Voru_kinnistusamet, lk 27
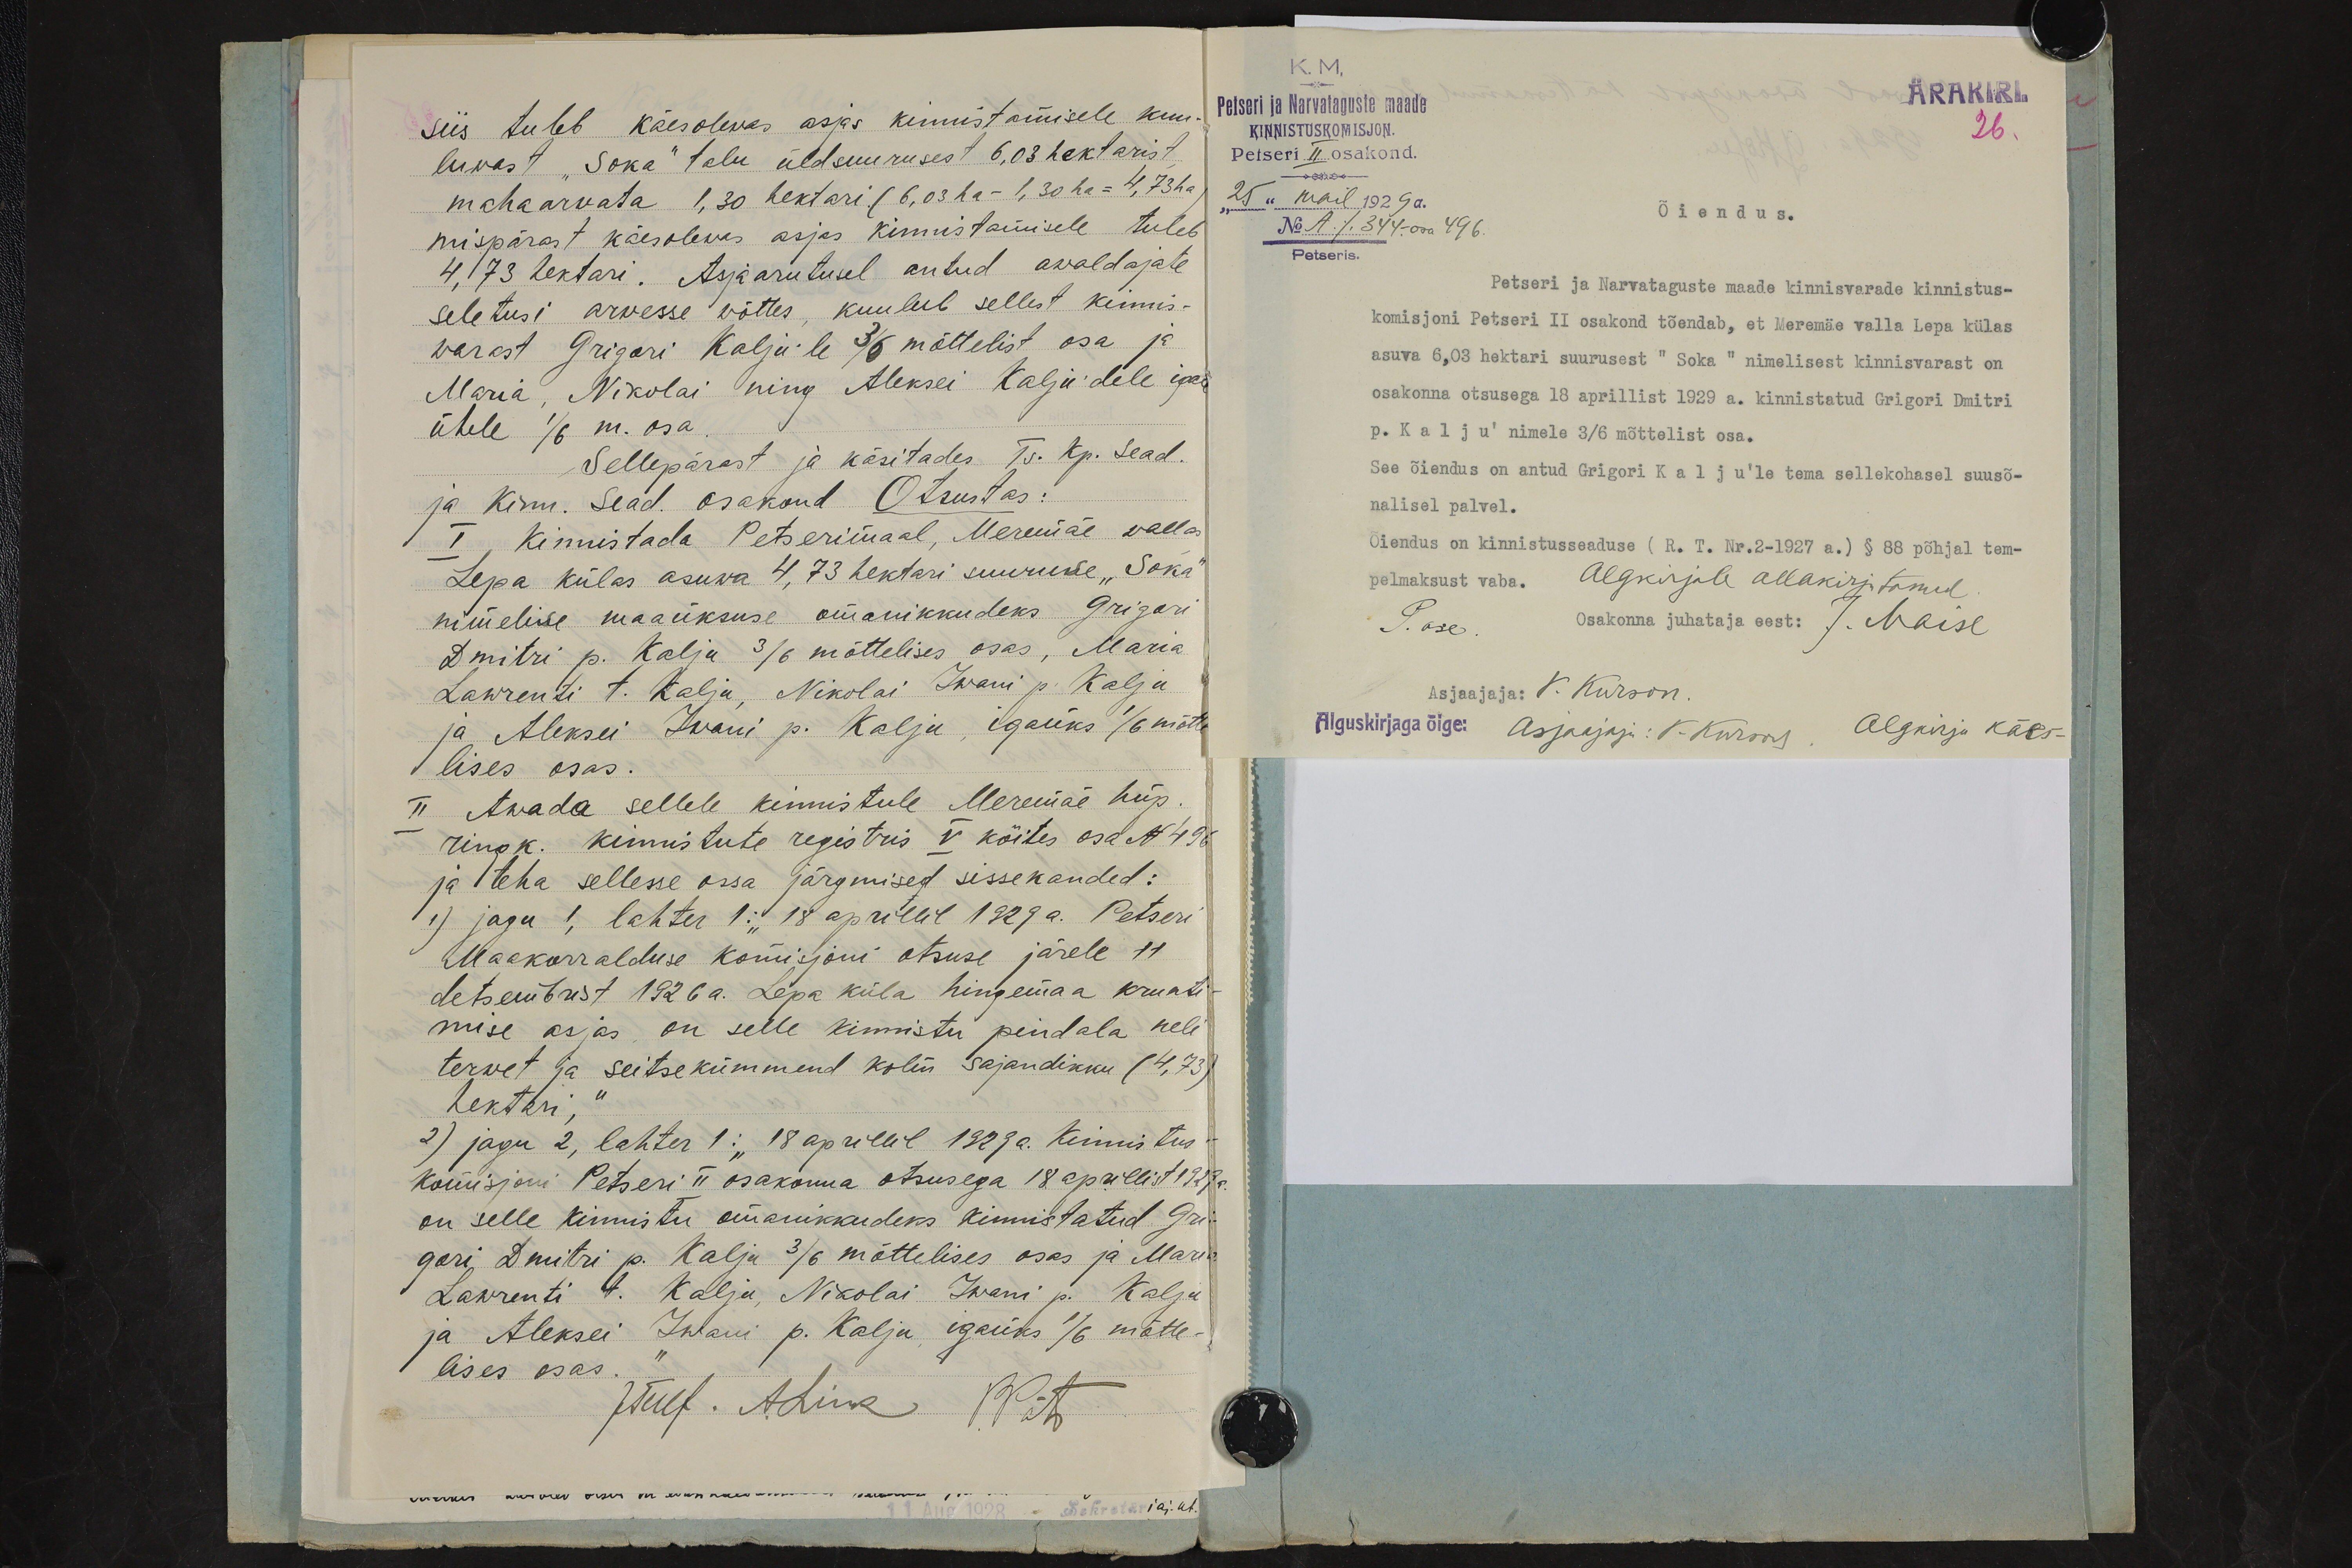
siis tuleb käesolewas asjas kinnistamisele kuu-
luwast "Soka" talu üldsuurusest 6,03 hektarist,
maha arwata 1,30 hektari, (6,03 ha - 1,30 ha = 4,73 ha.)
mispärast käesolewas asjas kinnistamisele tuleb
4,73 hektari. Asjaarutusel antud awaldajate
seletusi arwesse wõttes, kuulub sellest kinnis-
warast Grigori Kalju´le 3/6 mõttelist osa ja
Maria, Nikolai ning Aleksei Kalju´dele iga-
ühele 1/6 m. osa.
Sellepärast ja käsitades Ts. kp. Sead.
ja Kinn. Sead. osakond Otsustas:
I, Kinnistada Petserimaal, Meremäe wallas
Lepa külas asuwa 4,73 hektari suuruse "Soka"
nimelise maaüksuse omanikkudeks Grigori
Dmitri p. Kalju 3/6 mõttelises osas, Maria
Lawrenti t. Kalju, Nikolai Iwani p. Kalju
ja Aleksei Iwani p. Kalju, igaüks 1/6 mõtte
lises osas.
II Awada sellele kinnistule Meremäe hüp.
ringk. kinnistute registris V köites osa N 496
ja teha sellesse ossa järgmised sissekanded:
1) jagu 1, lahter 1: "18 aprillil 1929 a. Petseri
Maakorralduse komisjoni otsuse järele 11
detsembrist 1926 a. Lepa küla hingemaa krunti-
mise asjas, on selle kinnistu pindala neli
terwet ja seitsekümmend kolm sajandikku (4,73)
hektari, "
2) jagu 2, lahter 1: "18 aprillil 1929 a. Kinnistus-
komisjoni Petseri II osakonna otsusega 18. aprillist 1929a.
on selle kinnistu omanikkudeks kinnistatud Gri-
gori Dmitri p. Kalju 3/6 mõttelises osas ja Maria
Lawrenti t. Kalju, Nikolai Iwani p. Kalju
ja Aleksei Iwani p. Kalju, igaüks 1/6 mõtte-
lises osas.
JTulf. A.Link P.Päts

K.M.
ÄRAKIRI.
26.
Petseri ja Narvataguste maade
KINNISTUSKOMISJON.
Petseri II osakond.
"25" mail 1929 a.
No A. /. 344.-osa 496.
Petseris.
Õiendus.
Petseri ja Narvataguste maade kinnisvarade kinnistus-
komisjoni Petseri II osakond tõendab, et Meremäe valla Lepa külas
asuva 6,03 hektari suurusest " Soka " nimelisest kinnisvarast on
osakonna otsusega 18 aprillist 1929 a. kinnistatud Grigori Dmitri
p. Kalju' nimele 3/6 mõttelist osa.
See õiendus on antud Grigori Kalju'le tema sellekohasel suusõ-
nalisel palvel.
Õiendus on kinnistusseaduse (R. T. Nr. 2-1927 a.) § 88 põhjal tem-
pelmaksust vaba. Algkirjale allakirjutanud
Osakonna juhataja eest: J. Maise
Asjaajaja: V. Kurson.
Alguskirjaga õige: Asjaajaja: V. Kurson. Algkirja käes -